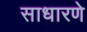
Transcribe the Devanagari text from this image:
साधारणे